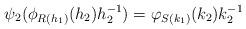
LaTeX: \begin{align*}\psi_2(\phi_{R(h_1)}(h_2) h_2^{-1})=\varphi_{S(k_1)}(k_2) k_2^{-1}\end{align*}